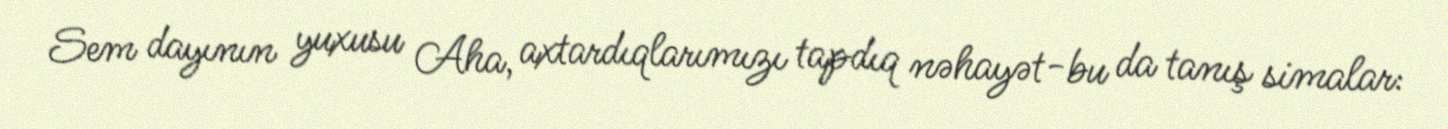
Sem dayının yuxusu Aha, axtardıqlarımızı tapdıq nəhayət-bu da tanış simalar: